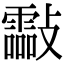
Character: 㪮